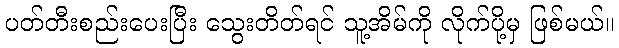
ပတ်တီးစည်းပေးပြီး သွေးတိတ်ရင် သူ့အိမ်ကို လိုက်ပို့မှ ဖြစ်မယ်။